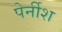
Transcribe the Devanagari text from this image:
पेर्नीश